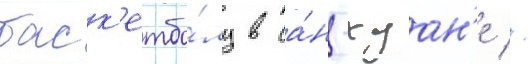
баск'етбо́лу в са́н-хуан'е //